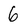
Character: 6